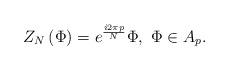
LaTeX: \begin{align*}Z_{N}\left( \Phi \right) =e^{\frac{i2\pi p}{N}}\Phi ,\,\,\Phi \in A_{p}.\end{align*}